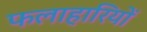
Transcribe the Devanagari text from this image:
फलाहारियों